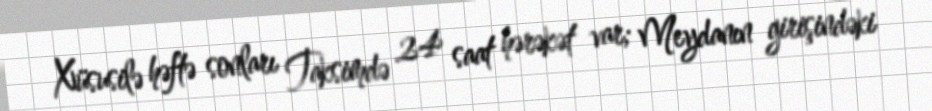
Xüsusilə həftə sonları Taksimdə 24 saat hərəkət var; Meydanın girişindəki